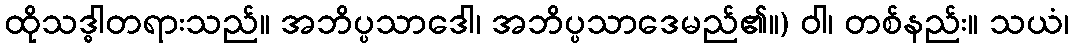
ထိုသဒ္ဓါတရားသည်။ အဘိပ္ပသာဒေါ၊ အဘိပ္ပသာဒေမည်၏။) ဝါ၊ တစ်နည်း။ သယံ၊